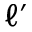
\ell ^ { \prime }